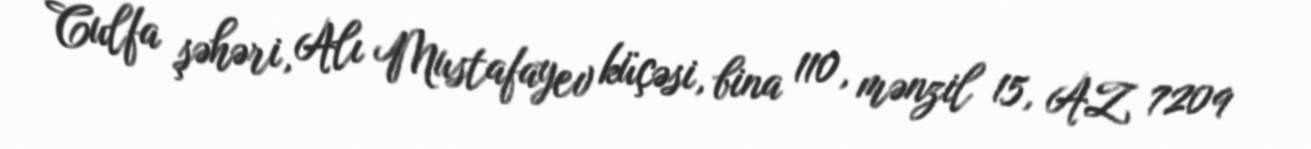
Culfa şəhəri, Alı Mustafayev küçəsi, bina 110, mənzil 15, AZ 7209